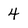
Character: 4